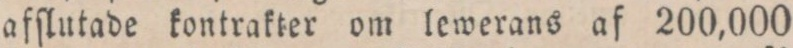
afſlutade kontrakter om lewerans af 200,000